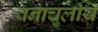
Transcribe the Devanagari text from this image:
वनांचलीय